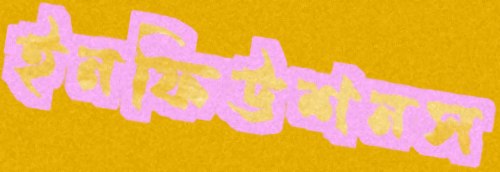
ইনফিউশনস